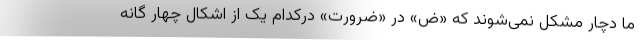
ما دچار مشکل نمی‌شوند که «ض» در «ضرورت» درکدام یک از اشکال چهار گانه